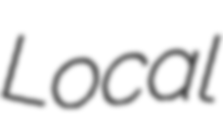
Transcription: Local